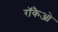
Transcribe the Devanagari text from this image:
रॉकैओ